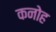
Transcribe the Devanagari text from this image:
कनोह